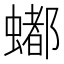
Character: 𬠩